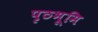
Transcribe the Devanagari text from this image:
पृठभूमि